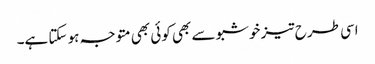
اسی طرح تیز خوشبو سے بھی کوئی بھی متوجہ ہو سکتا ہے۔